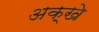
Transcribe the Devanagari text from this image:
अक्खे